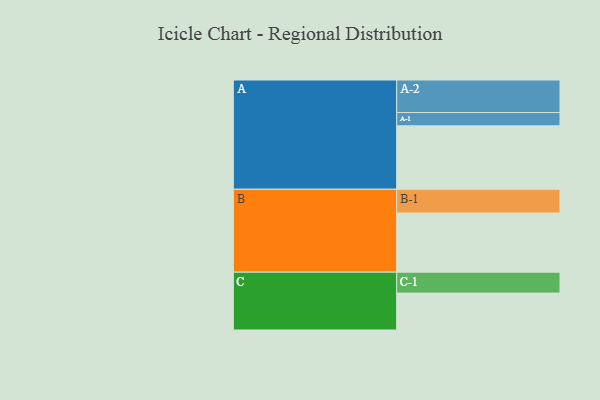
{"axis": {"x": "Segment", "y": "Value"}, "legend": ["", "A", "B", "C"], "data": [{"x": "A", "y": 534, "type": ""}, {"x": "B", "y": 498, "type": ""}, {"x": "C", "y": 311, "type": ""}, {"x": "A-1", "y": 112, "type": "A"}, {"x": "A-2", "y": 274, "type": "A"}, {"x": "B-1", "y": 200, "type": "B"}, {"x": "C-1", "y": 176, "type": "C"}]}